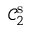
\mathcal { C } _ { 2 } ^ { \mathrm { s } }